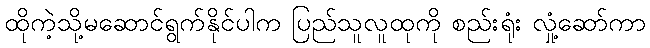
ထိုကဲ့သို့မဆောင်ရွက်နိုင်ပါက ပြည်သူလူထုကို စည်းရုံး လှုံ့ဆော်ကာ